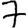
Digit: 7